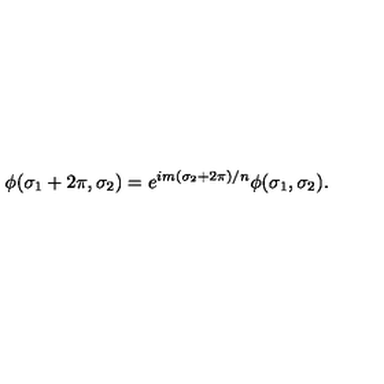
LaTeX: \phi ( \sigma _ { 1 } + 2 \pi , \sigma _ { 2 } ) = e ^ { i m ( \sigma _ { 2 } + 2 \pi ) / n } \phi ( \sigma _ { 1 } , \sigma _ { 2 } ) .